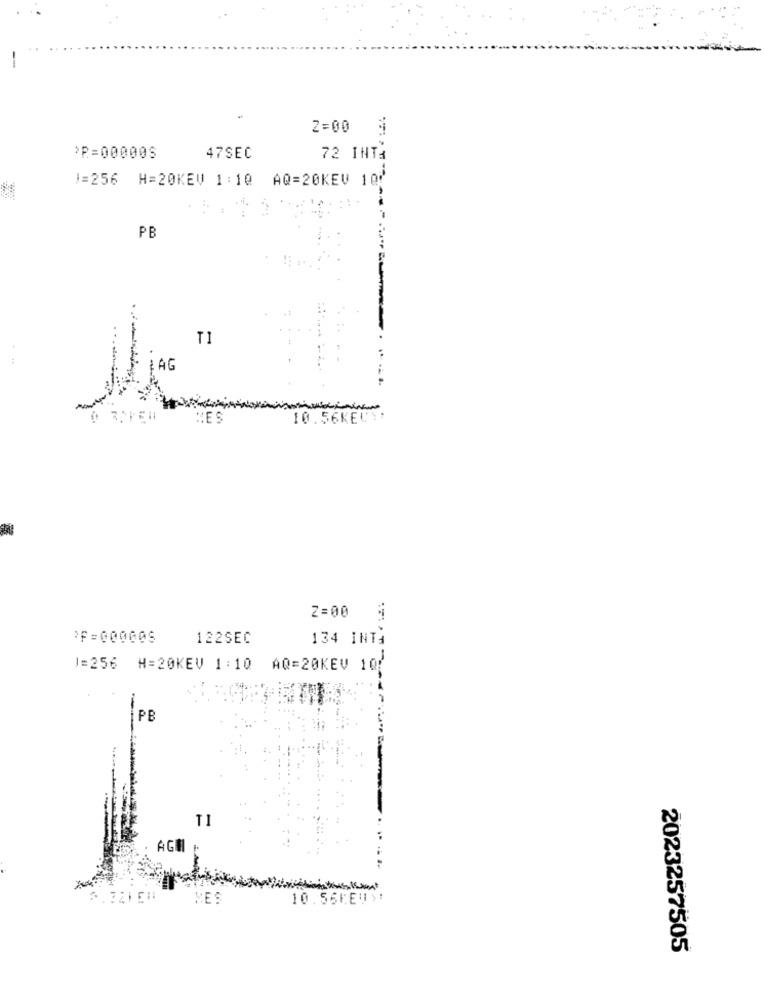
2=00
>P=00000S
47SEC
72 INTA
1=256 H=20KEV 1:10 AQ=20KEV 100
PB
-
ME S
10.56KEUY:
2=00 1
>F=00000S
122SEC
134 INTA
1=256 H=20KEV 1:10 AQ=20KEV 10/
PE
TI
AGHI
NES
10.55FEW>:
2023257505